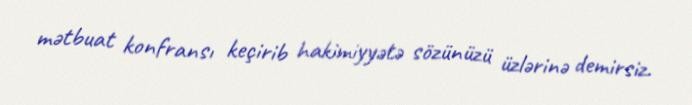
mətbuat konfransı keçirib hakimiyyətə sözünüzü üzlərinə demirsiz.